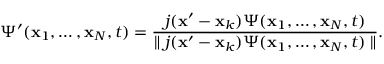
\Psi ^ { \prime } ( { \bf x } _ { 1 } , \ldots , { \bf x } _ { N } , t ) = { \frac { j ( { \bf x } ^ { \prime } - { \bf x } _ { k } ) \Psi ( { \bf x } _ { 1 } , \ldots , { \bf x } _ { N } , t ) } { \parallel j ( { \bf x } ^ { \prime } - { \bf x } _ { k } ) \Psi ( { \bf x } _ { 1 } , \ldots , { \bf x } _ { N } , t ) \parallel } } .